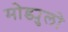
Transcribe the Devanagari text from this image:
मोड्युलो